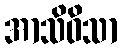
အာသိဝိသာ